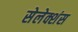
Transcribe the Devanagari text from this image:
सेलेक्शंस